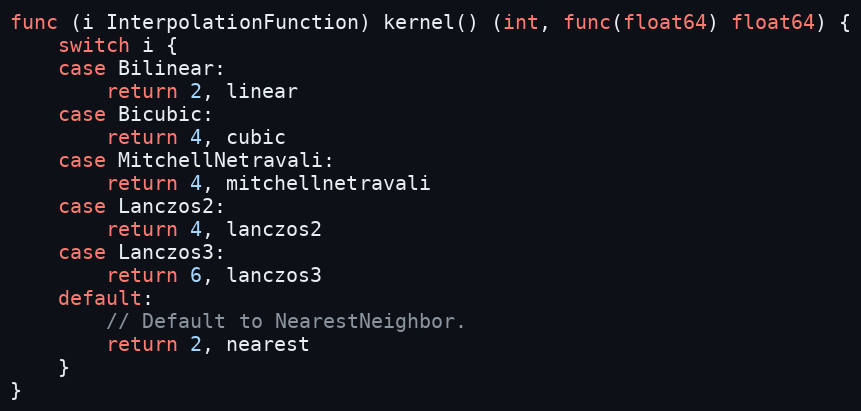
Language: Go
func (i InterpolationFunction) kernel() (int, func(float64) float64) {
	switch i {
	case Bilinear:
		return 2, linear
	case Bicubic:
		return 4, cubic
	case MitchellNetravali:
		return 4, mitchellnetravali
	case Lanczos2:
		return 4, lanczos2
	case Lanczos3:
		return 6, lanczos3
	default:
		// Default to NearestNeighbor.
		return 2, nearest
	}
}